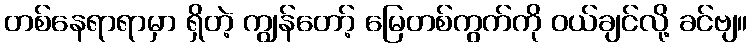
တစ်နေရာရာမှာ ရှိတဲ့ ကျွန်တော့် မြေတစ်ကွက်ကို ဝယ်ချင်လို့ ခင်ဗျ။